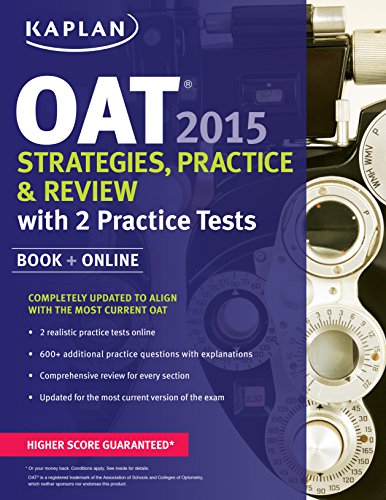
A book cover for Kaplan OAT 2015 Strategies, Practice, and Review with 2 Practice Tests: Book + Online (Kaplan Test Prep); Kaplan; Medical Books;